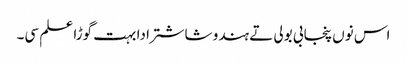
اس نوں پنجابی بولی تے ہندو شاشترا دا بہت گوڑا علم سی۔